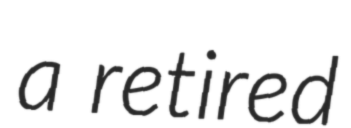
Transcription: a retired